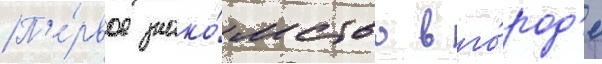
П'е́рвое знако́мство в го́род'е